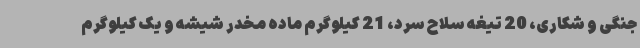
جنگی و شکاری، 20 تیغه سلاح سرد، 21 کیلوگرم ماده مخدر شیشه و یک کیلوگرم